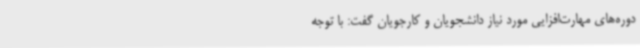
دوره‌های مهارت‌افزایی مورد نیاز دانشجویان و کارجویان گفت: با توجه